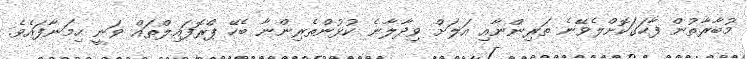
މުބާރާތުން ފާހަގަކޮށްލެވޭނެ ތަރިންނާއި އަލަށް ވިދާލާނެ ކުޅުންތެރިންނާ ބެހޭ ޕްރޮފައިލްތައް ވަނީ ހިމަނާފައެވެ.